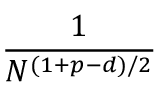
\frac { 1 } { N ^ { ( 1 + p - d ) / 2 } }